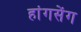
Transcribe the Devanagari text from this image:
हांगसेंग